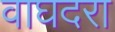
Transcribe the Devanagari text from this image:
वाघदरा